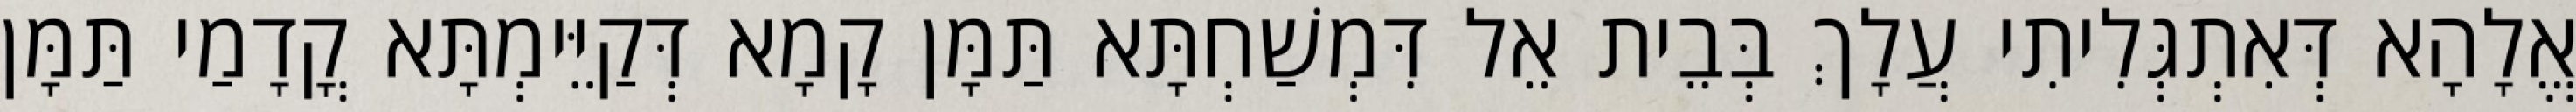
אֱלָהָא דְּאִתְגְּלִיתִי עֲלָךְ בְּבֵית אֵל דִּמְשַׁחְתָּא תַּמָּן קָמָא דְּקַיֵּימְתָּא קֳדָמַי תַּמָּן